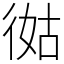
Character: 㣨